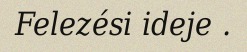
Felezési ideje .